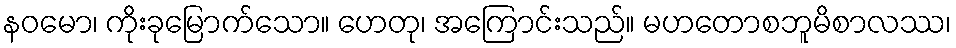
နဝမော၊ ကိုးခုမြောက်သော။ ဟေတု၊ အကြောင်းသည်။ မဟတောစဘူမိစာလဿ၊